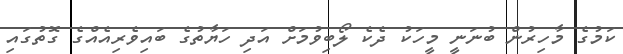
ކަމުގެ މާހިރުން ބުނަނީ މީހަކު ދެކެ ލޯބިވުމަށް އަދި ހަޔާތުގެ ބައިވެރިއެއްގެ ގޮތުގައި